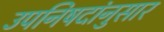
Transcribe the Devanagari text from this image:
उपनिषदांनुसार